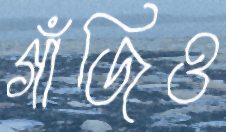
গাঁজিও